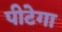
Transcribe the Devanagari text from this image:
पीटेगा